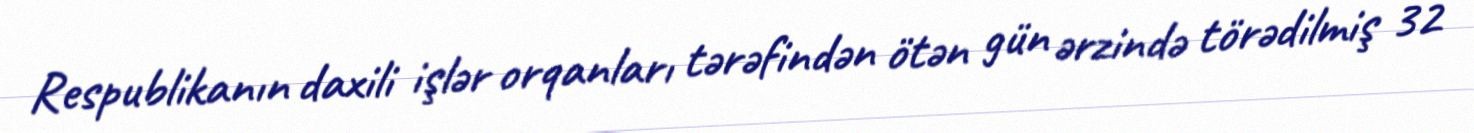
Respublikanın daxili işlər orqanları tərəfindən ötən gün ərzində törədilmiş 32